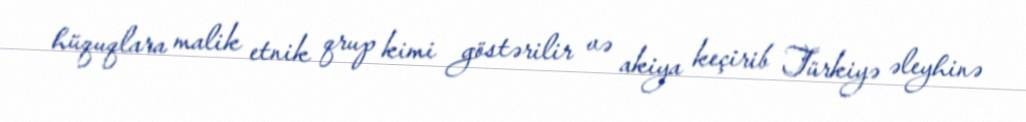
hüquqlara malik etnik qrup kimi göstərilir və akiya keçirib Türkiyə əleyhinə